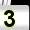
Digit: 3